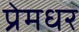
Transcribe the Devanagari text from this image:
प्रेमधर